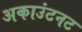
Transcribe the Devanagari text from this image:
अकाउंटनट